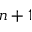
n + 1